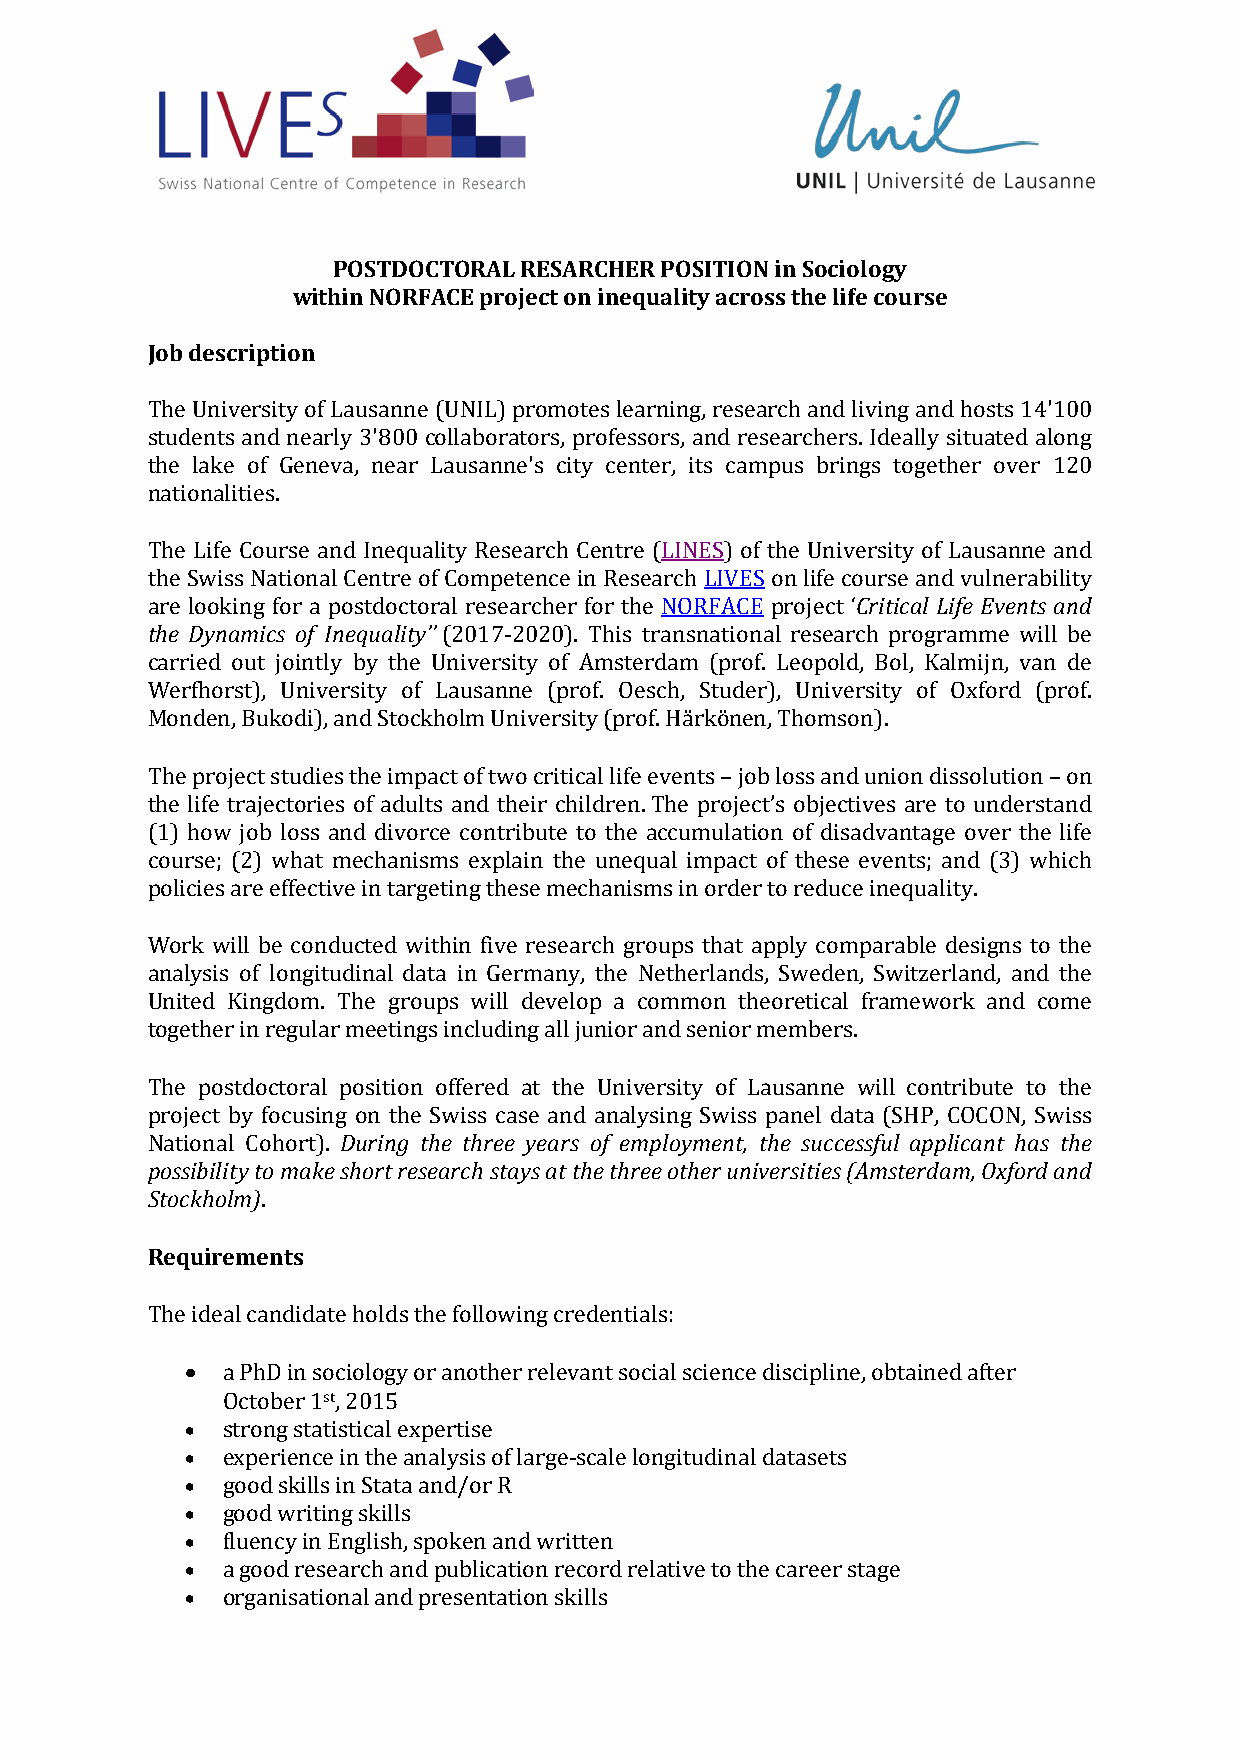
POSTDOCTORAL RESARCHER POSITION in Sociology
 within NORFACE project on inequality across the life course
 Job description
 The University of Lausanne (UNIL) promotes learning, research and living and hosts 14'100
 students and nearly 3'800 collaborators, professors, and researchers. Ideally situated along
 the lake of Geneva, near Lausanne's city center, its campus brings together over 120
 nationalities.
 The Life Course and Inequality Research Centre (LINES) of the UniveCrrsitiitcya ol fL Lifaeu Esvaennntes aanndd
 tthhee SDwynisasm Nicast ioonf aIln Ceqeunatrleit yo’f’ Competence in Research LIVES on life course and vulnerability
 are looking for a postdoctoral researcher for the NORFACE project ‘
 (2017-2020). This transnational research programme will be
 carried out jointly by the University of Amsterdam (prof. Leopold, Bol, Kalmijn, van de
 Werfhorst), University of Lausanne (prof. Oesch, Studer), University of Oxford (prof.
 Monden, Bukodi), and Stockholm University (prof. Härkönen, Thomson).
 The project studies the impact of two critical life events – job loss and union dissolution – on
 the life trajectories of adults and their children. The project’s objectives are to understand
 (1) how job loss and divorce contribute to the accumulation of disadvantage over the life
 course; (2) what mechanisms explain the unequal impact of these events; and (3) which
 policies are effective in targeting these mechanisms in order to reduce inequality.
 Work will be conducted within five research groups that apply comparable designs to the
 analysis of longitudinal data in Germany, the Netherlands, Sweden, Switzerland, and the
 United Kingdom. The groups will develop a common theoretical framework and come
 together in regular meetings including all junior and senior members.
 The postdoctoral Dpousriitnigo nt hoef ftehrreede ayte atrhse oUf neimveprlsoiytym eonft ,L tahues asnunccee swsfiulll caopnptlricibauntte htaos tthhee
 pporossjeibcitl ibtyy tfoo mcuaskine gs hoonr tt hrees eSawricshs sctaasyes aatn tdh ea ntharlyesei notgh Serw uisnsi vpearsnietile ds a(tAam (sStHerPd, aCmO, COOxNfo,r Sdw ainsds
 NStaotcikohnoallm C)ohort).
 Requireme. nts
 The• i deal candidate holds the following credentials:
 •  a PhD in s so tciology or another relevant social science discipline, obtained after
 •  October 1 , 2015
 •  strong statistical expertise
 •  experience in the analysis of large-scale longitudinal datasets
 •  good skills in Stata and/or R
 •  good writing skills
 •  fluency in English, spoken and written
 a good research and publication record relative to the career stage
 organisational and presentation skills